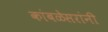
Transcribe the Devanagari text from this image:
कांबळेसरांनी